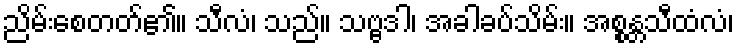
ညိမ်းစေတတ်၏။ သီလံ၊ သည်။ သဗ္ဗဒါ၊ အခါခပ်သိမ်း။ အစ္စန္တသီထံလံ၊